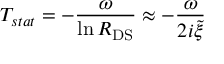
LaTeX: T _ { s t a t } = - \frac { \omega } { \ln { \cal R } _ { \mathrm { D S } } } \approx - \frac { \omega } { 2 i { \tilde { \xi } } }